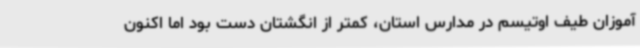
آموزان طیف اوتیسم در مدارس استان، کمتر از انگشتان دست بود اما اکنون